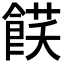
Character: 𩜈